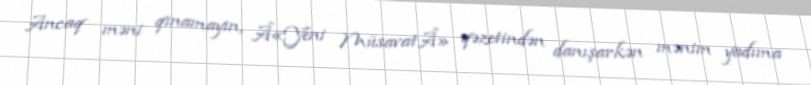
Ancaq məni qınamayın, Â«Yeni MüsavatÂ» qəzetindən danışarkən mənim yadıma